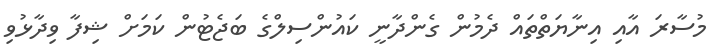
މުސާރަ އާއި އިނާޔަތްތައް ދެމުން ގެންދާނީ ކައުންސިލްގެ ބަޖެޓުން ކަމަށް ޝިފާ ވިދާޅުވި